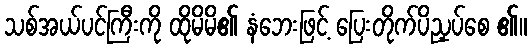
သစ်အယ်ပင်ကြီးကို ထိုမိမိ၏ နံဘေးဖြင့် ပြေးတိုက်ပိညှပ်စေ ၏။